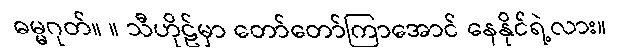
ဓမ္မဂုတ်။ ။ သီဟိုဠ်မှာ တော်တော်ကြာအောင် နေနိုင်ရဲ့လား။